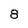
Character: 8